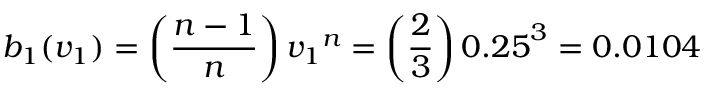
b _ { 1 } ( v _ { 1 } ) = \left( { \frac { n - 1 } { n } } \right) { v _ { 1 } } ^ { n } = \left( { \frac { 2 } { 3 } } \right) { 0 . 2 5 } ^ { 3 } = 0 . 0 1 0 4